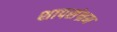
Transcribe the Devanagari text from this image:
शापसंभ्रम